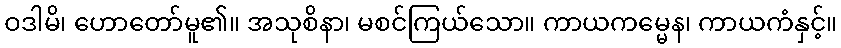
ဝဒါမိ၊ ဟောတော်မူ၏။ အသုစိနာ၊ မစင်ကြယ်သော။ ကာယကမ္မေန၊ ကာယကံနှင့်။